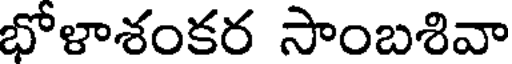
భోళాశంకర సాంబశివా